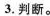
3.判断。